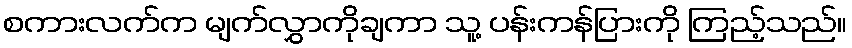
စကားလက်က မျက်လွှာကိုချကာ သူ့ ပန်းကန်ပြားကို ကြည့်သည်။